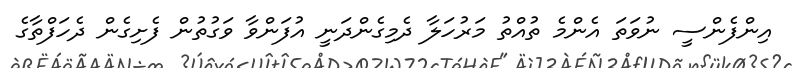
އިންފެންސީ ނުވަތަ އެންމެ ތުއްތު މަރުހަލާ ދެމިގެންދަނީ އުފަންވާ ވަގުތުން ފެށިގެން ދެހަފްތާގެ